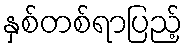
နှစ်တစ်ရာပြည့်